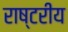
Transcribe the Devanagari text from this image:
राष्टरीय